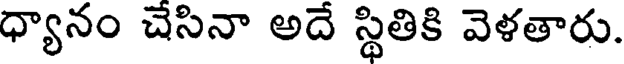
ధ్యానం చేసినా అదే స్థితికి వెళతారు.